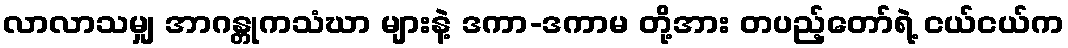
လာလာသမျှ အာဂန္တုကသံဃာ များနဲ့ ဒကာ-ဒကာမ တို့အား တပည့်တော်ရဲ့ ငယ်ငယ်က